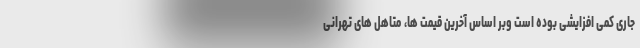
جاری کمی افزایشی بوده است وبر اساس آخرین قیمت ها، متاهل های تهرانی